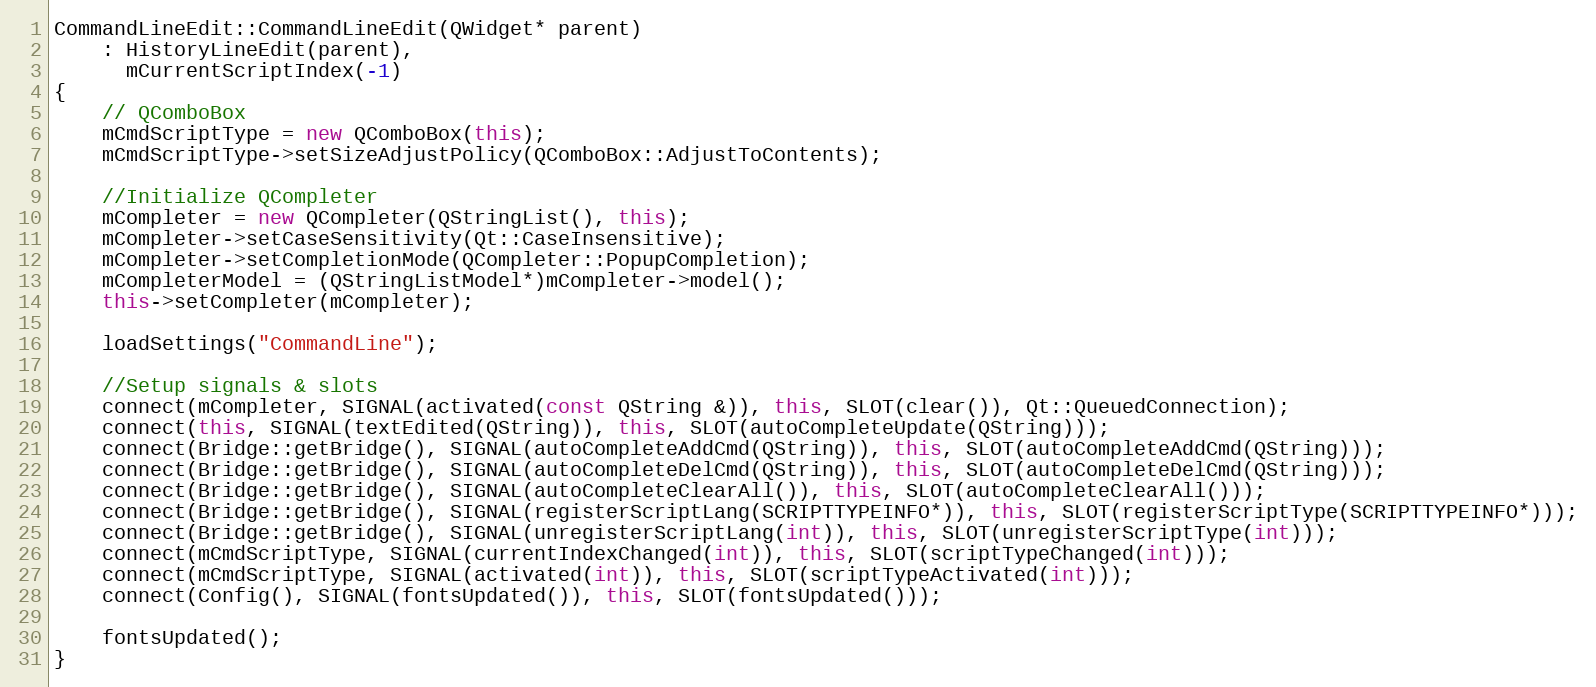
Language: C++
CommandLineEdit::CommandLineEdit(QWidget* parent)
    : HistoryLineEdit(parent),
      mCurrentScriptIndex(-1)
{
    // QComboBox
    mCmdScriptType = new QComboBox(this);
    mCmdScriptType->setSizeAdjustPolicy(QComboBox::AdjustToContents);

    //Initialize QCompleter
    mCompleter = new QCompleter(QStringList(), this);
    mCompleter->setCaseSensitivity(Qt::CaseInsensitive);
    mCompleter->setCompletionMode(QCompleter::PopupCompletion);
    mCompleterModel = (QStringListModel*)mCompleter->model();
    this->setCompleter(mCompleter);

    loadSettings("CommandLine");

    //Setup signals & slots
    connect(mCompleter, SIGNAL(activated(const QString &)), this, SLOT(clear()), Qt::QueuedConnection);
    connect(this, SIGNAL(textEdited(QString)), this, SLOT(autoCompleteUpdate(QString)));
    connect(Bridge::getBridge(), SIGNAL(autoCompleteAddCmd(QString)), this, SLOT(autoCompleteAddCmd(QString)));
    connect(Bridge::getBridge(), SIGNAL(autoCompleteDelCmd(QString)), this, SLOT(autoCompleteDelCmd(QString)));
    connect(Bridge::getBridge(), SIGNAL(autoCompleteClearAll()), this, SLOT(autoCompleteClearAll()));
    connect(Bridge::getBridge(), SIGNAL(registerScriptLang(SCRIPTTYPEINFO*)), this, SLOT(registerScriptType(SCRIPTTYPEINFO*)));
    connect(Bridge::getBridge(), SIGNAL(unregisterScriptLang(int)), this, SLOT(unregisterScriptType(int)));
    connect(mCmdScriptType, SIGNAL(currentIndexChanged(int)), this, SLOT(scriptTypeChanged(int)));
    connect(mCmdScriptType, SIGNAL(activated(int)), this, SLOT(scriptTypeActivated(int)));
    connect(Config(), SIGNAL(fontsUpdated()), this, SLOT(fontsUpdated()));

    fontsUpdated();
}